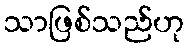
သာဖြစ်သည်ဟု